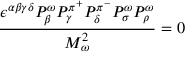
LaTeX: { \frac { \epsilon ^ { \alpha \beta \gamma \delta } P _ { \beta } ^ { \omega } P _ { \gamma } ^ { \pi ^ { + } } P _ { \delta } ^ { \pi ^ { - } } P _ { \sigma } ^ { \omega } P _ { \rho } ^ { \omega } } { M _ { \omega } ^ { 2 } } } = 0